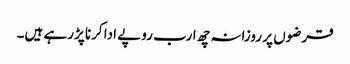
قرضوں پر روزانہ چھ ارب روپے ادا کرنا پڑرہے ہیں۔